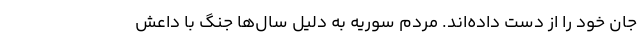
جان خود را از دست داده‌اند. مردم سوریه به دلیل سال‌ها جنگ با داعش